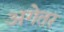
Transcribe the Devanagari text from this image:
अगेतर